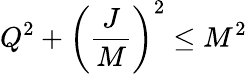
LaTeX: Q^{2}+\left({\frac{J}{M}}\right)^{2}\leq M^{2}